Annual administration report of the Civil Veterinary Department, Ajmere-Merwara, British Rajputana - 1914-1940
Year: 1914
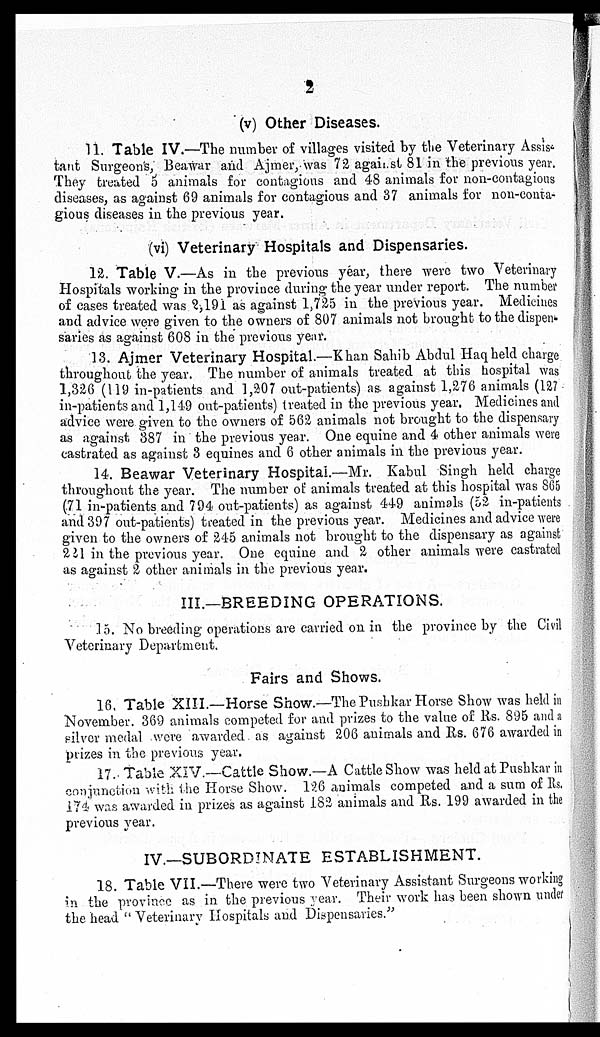
2
(v) Other Diseases.
11. Table IV.—The number of villages visited by the Veterinary Assis-
tant Surgeon's, Beawar and Ajmer, was 72 against 81 in the previous year.
They treated 5 animals for contagious and 48 animals for non-contagious
diseases, as against 69 animals for contagious and 37 animals for non-conta-
gious diseases in the previous year.
(vi) Veterinary Hospitals and Dispensaries.
12. Table V.—As in the previous year, there were two Veterinary
Hospitals working in the province during the year under report. The number
of cases treated was 2,191 as against 1,725 in the previous year. Medicines
and advice were given to the owners of 807 animals not brought to the dispen-
saries as against 608 in the previous year.
13. Ajmer Veterinary Hospital.—Khan Sahib Abdul Haq held charge
throughout the year. The number of animals treated at this hospital was
1,326 (119 in-patients and 1,207 out-patients) as against 1,276 animals (127
in-patients and 1,149 out-patients) treated in the previous year. Medicines and
advice were given to the owners of 562 animals not brought to the dispensary
as against 387 in the previous year. One equine and 4 other animals were
castrated as against 3 equines and 6 other animals in the previous year.
14. Beawar Veterinary Hospital.—Mr. Kabul Singh held charge
throughout the year. The number of animals treated at this hospital was 865
(71 in-patients and 794 out-patients) as against 449 animals (52 in-patients
and 397 out-patients) treated in the previous year. Medicines and advice were
given to the owners of 245 animals not brought to the dispensary as against
221 in the previous year. One equine and 2 other animals were castrated
as against 2 other animals in the previous year.
III.—BREEDING OPERATIONS.
15. No breeding operations are carried on in the province by the Civil
Veterinary Department.
Fairs and Shows.
16. Table XIII.—Horse Show.—The Pushkar Horse Show was held in
November. 369 animals competed for and prizes to the value of Rs. 895 and a
silver medal were awarded as against 206 animals and Rs. 676 awarded in
prizes in the previous year.
17. Table XIV.—Cattle Show.—A Cattle Show was held at Pushkar in
conjunction with the Horse Show. 126 animals competed and a sum of Rs.
174 was awarded in prizes as against 182 animals and Rs. 199 awarded in the
previous year.
IV.—SUBORDINATE ESTABLISHMENT.
18. Table VII.—There were two Veterinary Assistant Surgeons working
in the province as in the previous year. Their work has been shown under
the head "Veterinary Hospitals and Dispensaries."